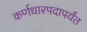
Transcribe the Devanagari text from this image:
कर्णधारपदापर्यंत